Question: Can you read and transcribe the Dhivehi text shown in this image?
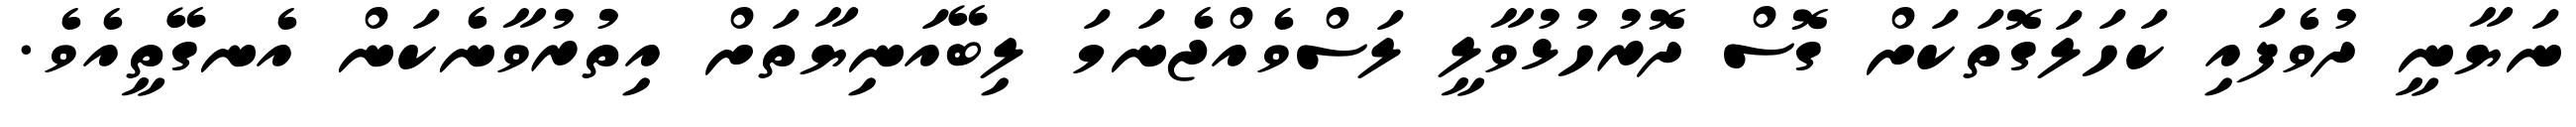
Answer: ނަޔާނީ ދުވެފައި ކަހަލަގޮތަކަށް ގޮސް ދޮރުހުޅުވާލީ ލަސްވެއްޖެނަމަ ލިބޭއަނިޔާތަށް އިތުރުވާނެކަން އެނގޭތީއެވެ.